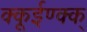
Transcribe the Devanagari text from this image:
क्कूईण्क्क्